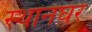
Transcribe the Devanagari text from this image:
स्थानघर